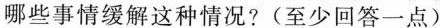
哪些事情缓解这种情况?(至少回答一点)